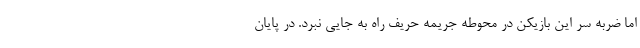
اما ضربه سر این بازیکن در محوطه جریمه حریف راه به جایی نبرد. در پایان